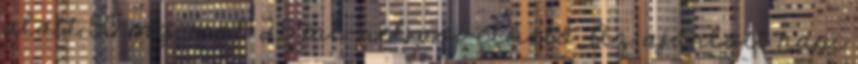
alatt 50 mg-mal 2,5 ml-rel növelhető. Az ajánlott napi